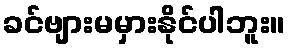
ခင်ဗျားမမှားနိုင်ပါဘူး။